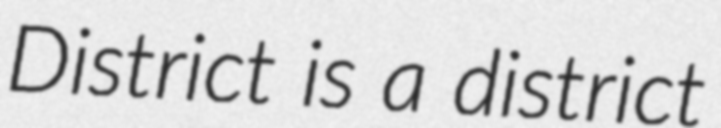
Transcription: District is a district